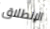
الإنطلاق